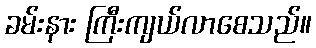
ခမ်းနား ကြီးကျယ်လာစေသည်။